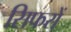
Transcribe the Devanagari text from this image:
सिफरों